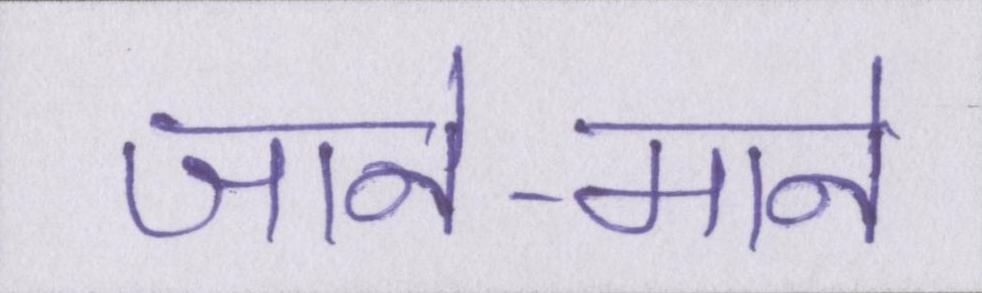
जाने-माने